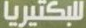
للبكتيريا